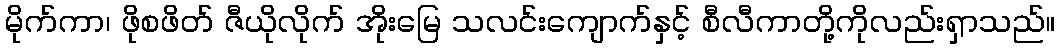
မိုက်ကာ၊ ဖိုစဖိတ် ဇီယိုလိုက် အိုးမြေ သလင်းကျောက်နှင့် စီလီကာတို့ကိုလည်းရှာသည်။